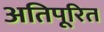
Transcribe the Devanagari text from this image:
अतिपूरित